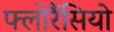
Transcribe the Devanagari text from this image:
फ्लोरैंसियो